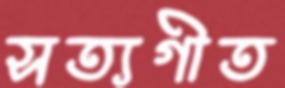
সত্যগীত